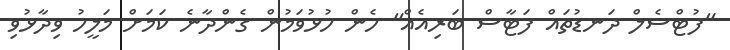
"ފުޓްސެލް ދަނޑުތައް ފަޓާސް ބަރިއެއް" ހެން ހުޅުވަމުން ގެންދާނެ ކަމަށް މަލީހު ވިދާޅުވި